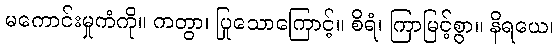
မကောင်းမှုကံကို။ ကတွာ၊ ပြုသောကြောင့်။ စိရံ၊ ကြာမြင့်စွာ။ နိရယေ၊